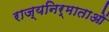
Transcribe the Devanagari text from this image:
राज्यनिर्माताओं